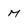
Character: M